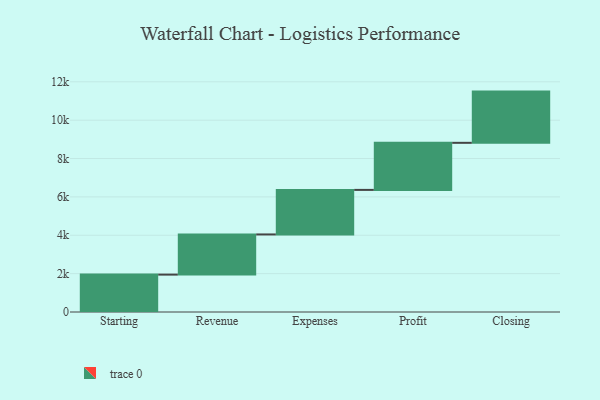
{"axis": {"x": "Step", "y": "Value"}, "legend": [""], "data": [{"x": "Starting", "y": 1949.0, "type": ""}, {"x": "Revenue", "y": 2094.0, "type": ""}, {"x": "Expenses", "y": 2322.0, "type": ""}, {"x": "Profit", "y": 2454.0, "type": ""}, {"x": "Closing", "y": 2670.0, "type": ""}]}